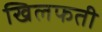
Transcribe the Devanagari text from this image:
खिलफती